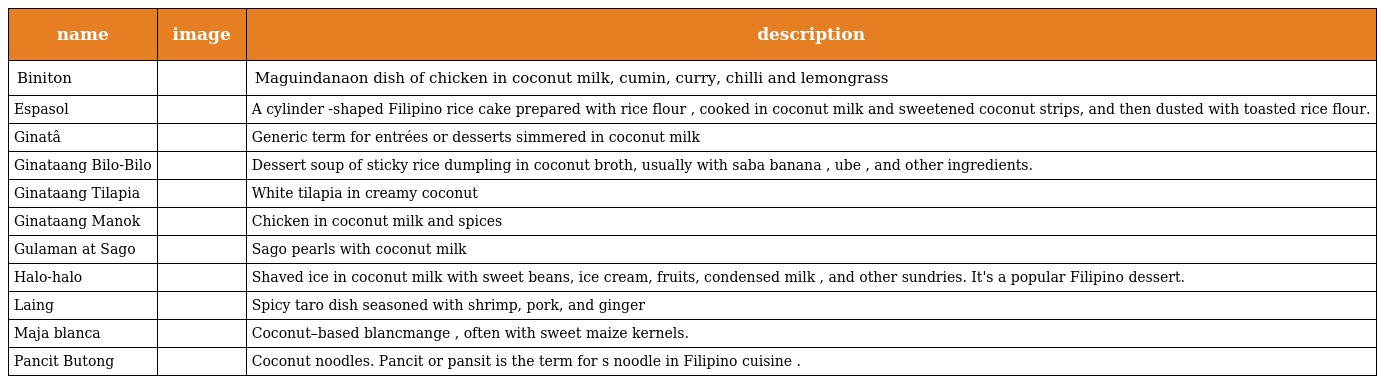
| name | image | description |
 | --- | --- | --- |
 | Biniton |  | Maguindanaon dish of chicken in coconut milk, cumin, curry, chilli and lemongrass |
 | Espasol |  | A cylinder -shaped Filipino rice cake prepared with rice flour , cooked in coconut milk and sweetened coconut strips, and then dusted with toasted rice flour. |
 | Ginatâ |  | Generic term for entrées or desserts simmered in coconut milk |
 | Ginataang Bilo-Bilo |  | Dessert soup of sticky rice dumpling in coconut broth, usually with saba banana , ube , and other ingredients. |
 | Ginataang Tilapia |  | White tilapia in creamy coconut |
 | Ginataang Manok |  | Chicken in coconut milk and spices |
 | Gulaman at Sago |  | Sago pearls with coconut milk |
 | Halo-halo |  | Shaved ice in coconut milk with sweet beans, ice cream, fruits, condensed milk , and other sundries. It's a popular Filipino dessert. |
 | Laing |  | Spicy taro dish seasoned with shrimp, pork, and ginger |
 | Maja blanca |  | Coconut–based blancmange , often with sweet maize kernels. |
 | Pancit Butong |  | Coconut noodles. Pancit or pansit is the term for s noodle in Filipino cuisine . |